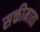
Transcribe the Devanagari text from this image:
सक्तीमाता